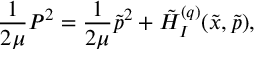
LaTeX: \frac { 1 } { 2 \mu } P ^ { 2 } = \frac { 1 } { 2 \mu } \tilde { p } ^ { 2 } + \tilde { H } _ { I } ^ { ( q ) } ( \tilde { x } , \tilde { p } ) ,